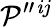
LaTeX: {\cal{P}}^{\prime\prime}{}^{\mathit{i}j}